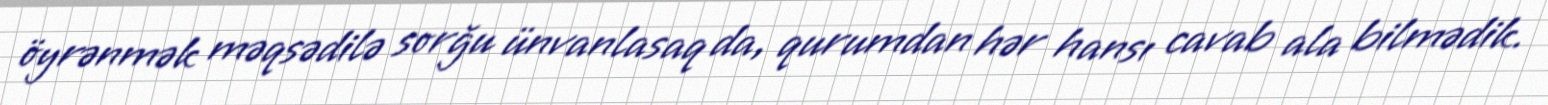
öyrənmək məqsədilə sorğu ünvanlasaq da, qurumdan hər hansı cavab ala bilmədik.